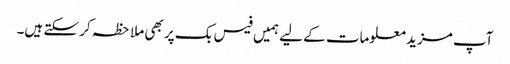
آپ مزید معلومات کے لیے ہمیں فیس بک پر بھی ملاحظہ کر سکتے ہیں۔